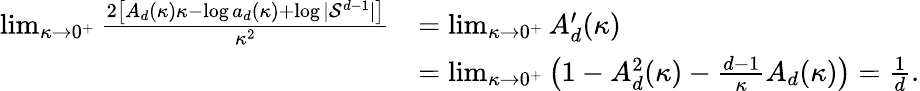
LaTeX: \begin{array}{rl}{\operatorname*{lim}_{\kappa\rightarrow 0^{+}}\frac{2\left[A_{d}(\kappa)\kappa-\log a_{d}(\kappa)+\log|\mathcal{S}^{d-1}|\right]}{\kappa^{2}}}&{=\operatorname*{lim}_{\kappa\rightarrow 0^{+}}A_{d}^{\prime}(\kappa)}\\ &{=\operatorname*{lim}_{\kappa\rightarrow 0^{+}}\left(1-A_{d}^{2}(\kappa)-\frac{d-1}{\kappa}A_{d}(\kappa)\right)=\frac{1}{d}.}\end{array}